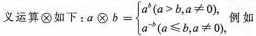
义运算\bigotimes 如下：$$a\bigotimes b= \left\{ \begin{matrix} a^{b}(a>b,a \neq 0), \\ a^{-b}(a \leq b,a \neq 0), \end{matrix} \right.$$ 例如